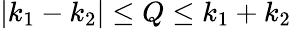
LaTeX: {|k_{1}-k_{2}|}\le{Q}\le{k_{1}+k_{2}}